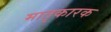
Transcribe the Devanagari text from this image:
मातृकारक